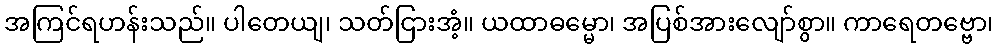
အကြင်ရဟန်းသည်။ ပါတေယျ၊ သတ်ငြားအံ့။ ယထာဓမ္မော၊ အပြစ်အားလျော်စွာ။ ကာရေတဗ္ဗော၊